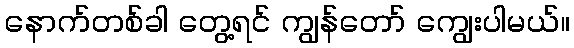
နောက်တစ်ခါ တွေ့ရင် ကျွန်တော် ကျွေးပါမယ်။